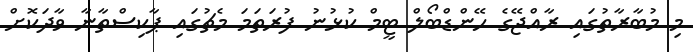
މި މުބާރާތުގައި ރާއްޖޭގެ ހޭންޑްބޯލް ޓީމް ކުޅުނު ފުރަތަމަ މެޗުގައި ޕާކިސްތާނާ ވާދަކޮށް